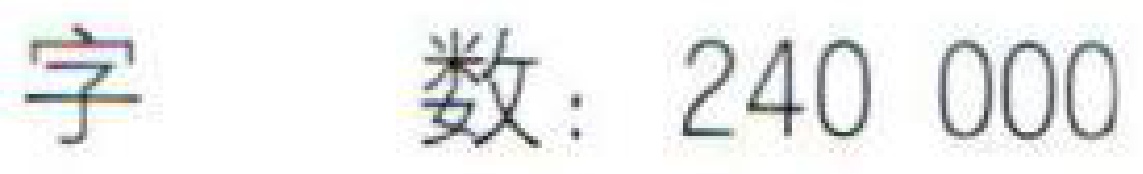
字 数：$240\ 000$